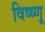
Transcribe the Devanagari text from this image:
विष्ष्णू